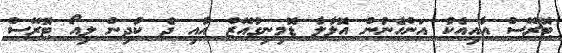
ޓޮރޭސް އާއިއެކު އަންހެނުން އޮލާލާ ޑޮމިނިގުއޭޒް އާއި ދެ ކުދިން ލިއޯ ޓޮރޭސް